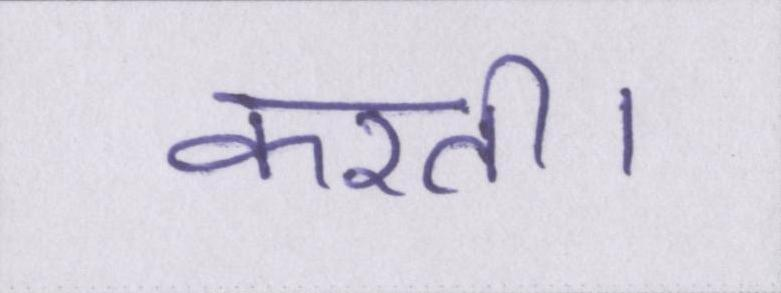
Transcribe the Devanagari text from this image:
करती।